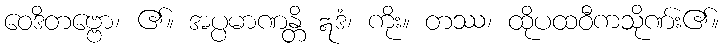
ဝေဒိတဗ္ဗော၊ ၏။ အပ္ပမာဏန္တိ ဣဒံ၊ ကိုး။ တဿ၊ ထိုပထဝီကသိုဏ်း၏။